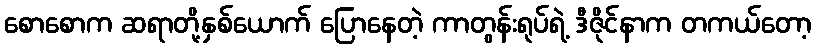
စောစောက ဆရာတို့နှစ်ယောက် ပြောနေတဲ့ ကာတွန်းရုပ်ရဲ့ ဒီဇိုင်နာက တကယ်တော့